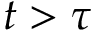
t > \tau